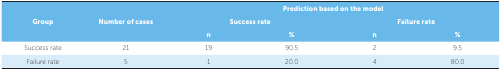
<table><thead><tr><td rowspan="3"><b>Group</b></td><td rowspan="3"><b>Number of cases</b></td><td colspan="4"><b>Prediction based on the model</b></td></tr><tr><td colspan="2"><b>Success rate</b></td><td colspan="2"><b>Failure rate</b></td></tr><tr><td><b>n</b></td><td><b>%</b></td><td><b>n</b></td><td><b>%</b></td></tr></thead><tbody><tr><td> Success rate</td><td> 21</td><td> 19</td><td> 90.5</td><td> 2</td><td> 9.5</td></tr><tr><td> Failure rate</td><td> 5</td><td> 1</td><td> 20.0</td><td> 4</td><td> 80.0</td></tr></tbody></table>